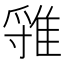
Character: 𨿐